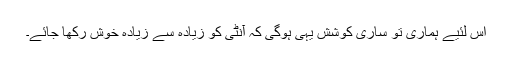
اس لئیے ہماری تو ساری کوشش یہی ہوگی کہ آنٹی کو زیادہ سے زیادہ خوش رکھا جائے۔